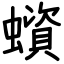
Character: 蠀